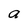
Character: a